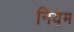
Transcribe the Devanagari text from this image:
नियूम